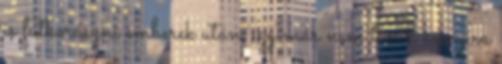
is futkorászni emberek után, így már nem tűnik annyira